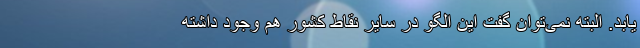
یابد. البته نمی‌توان گفت این الگو در سایر نقاط کشور هم وجود داشته